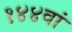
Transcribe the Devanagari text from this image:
१४४वां